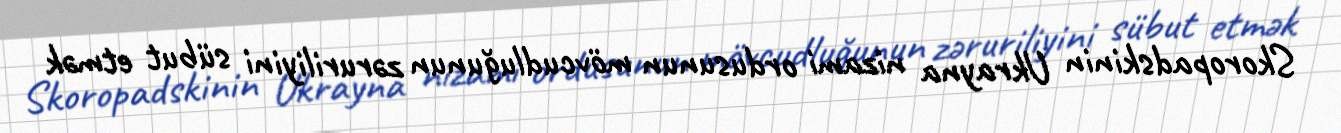
Skoropadskinin Ukrayna nizami ordusunun mövcudluğunun zəruriliyini sübut etmək